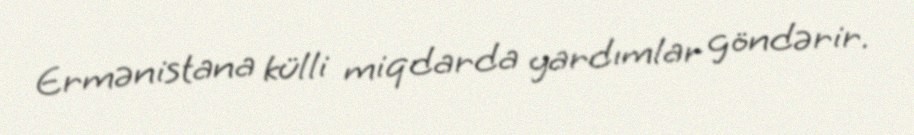
Ermənistana külli miqdarda yardımlar göndərir.